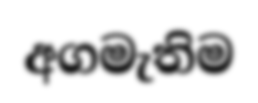
අගමැතිම